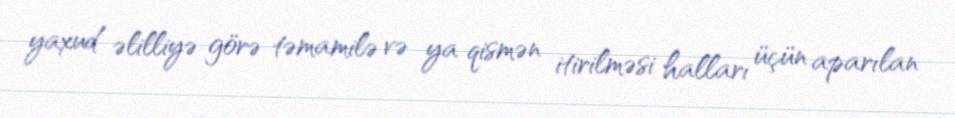
yaxud əlilliyə görə təmamilə və ya qismən itirilməsi halları üçün aparılan